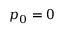
p _ { 0 } = 0